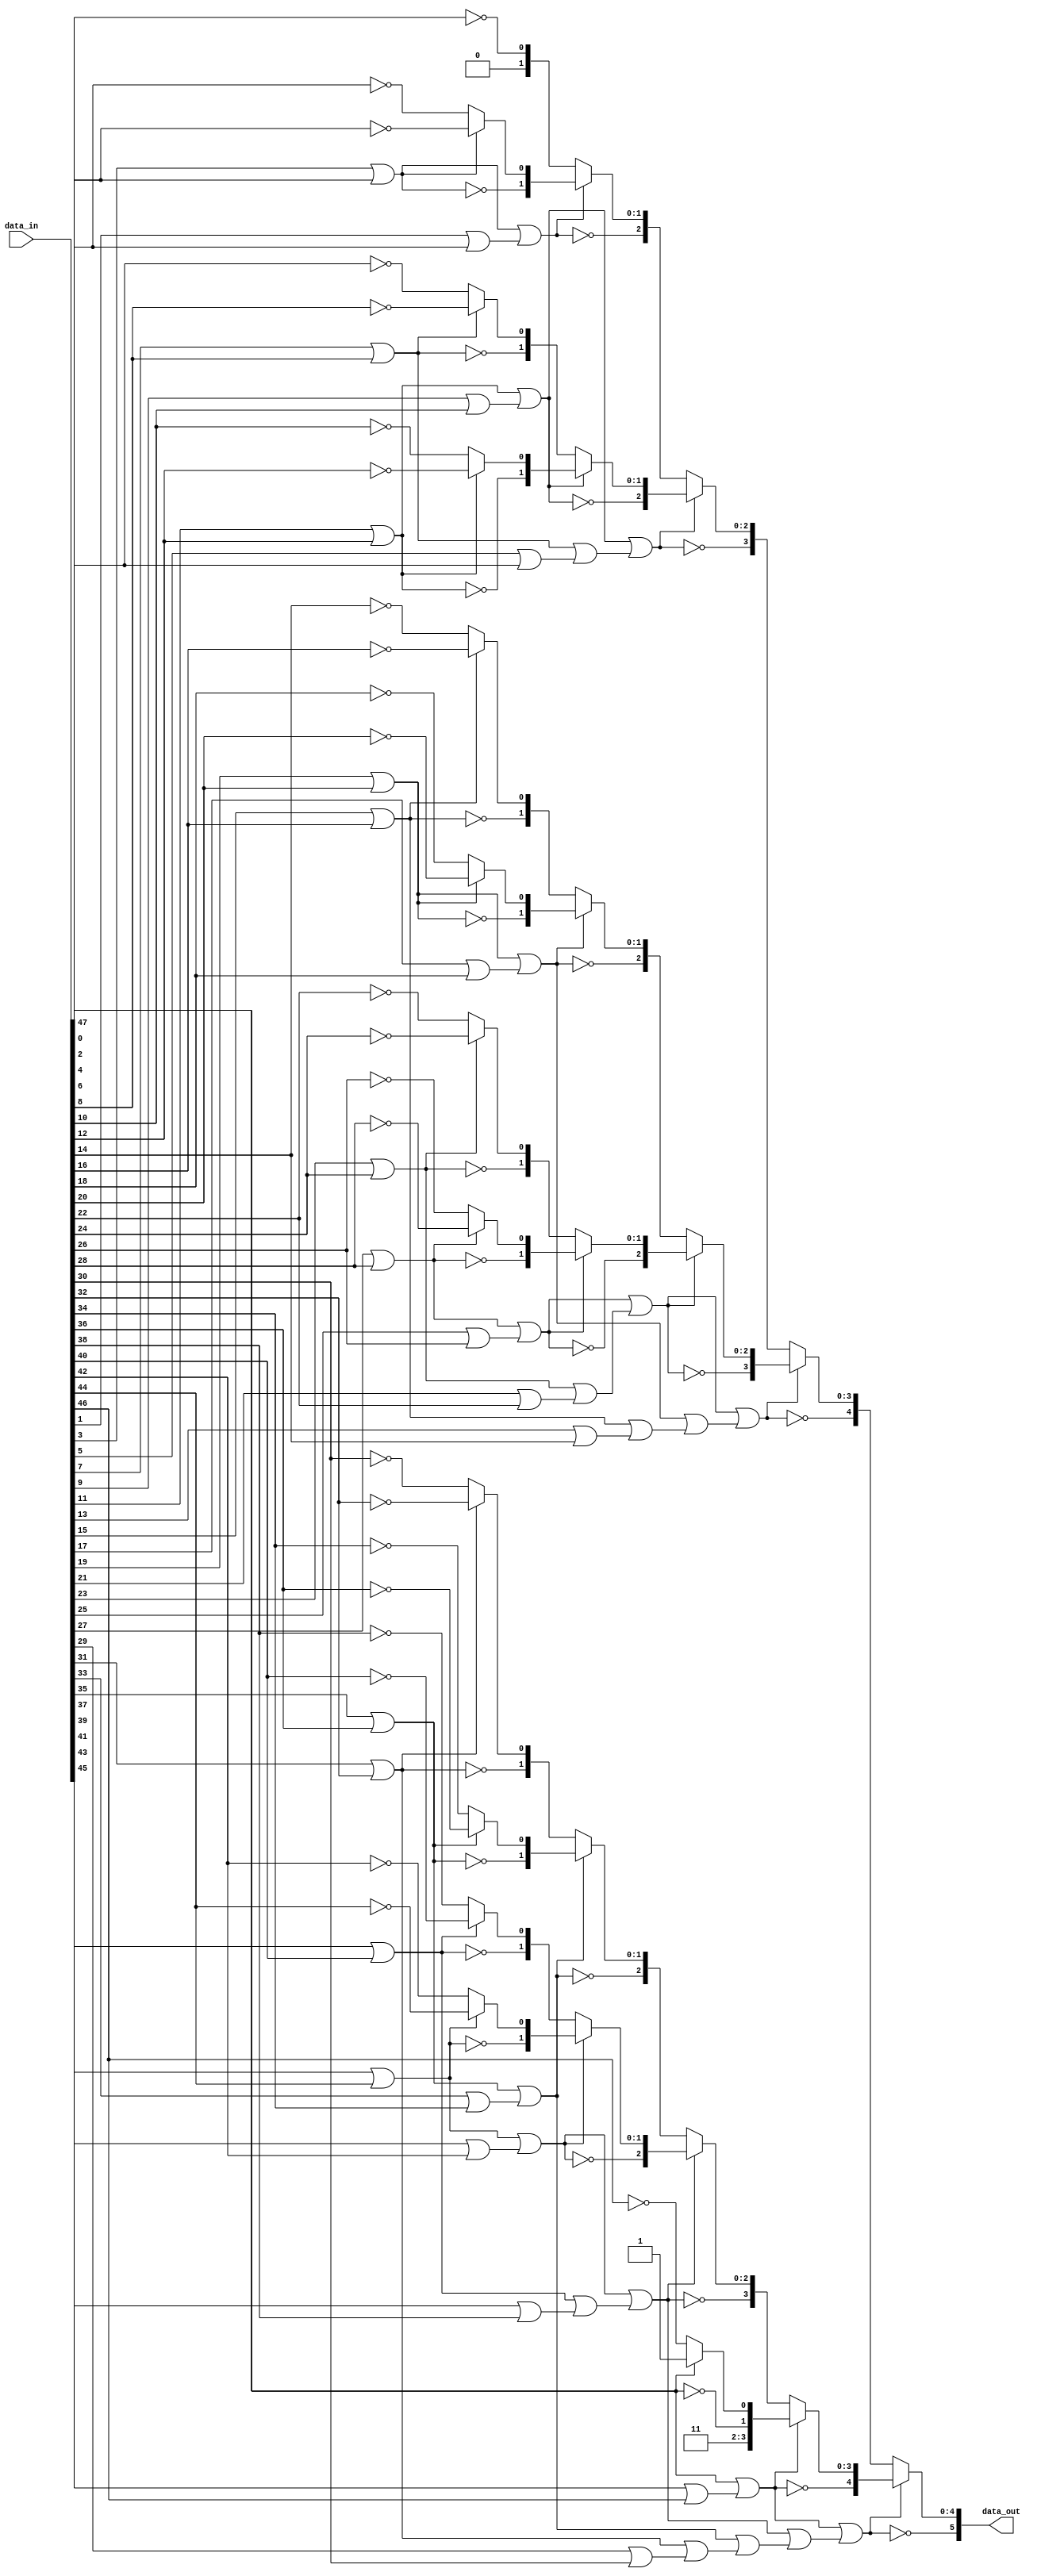
`timescale 1ns / 1ps
//////////////////////////////////////////////////////////////////////////////////
//
//  lxd.v 
//
//  This file is required to find the leading zero detector
//
//////////////////////////////////////////////////////////////////////////////////


module lzd(
    input [47:0] data_in,
    output [5:0] data_out
    );
    
    // local variables
    wire [63:0] d;
    wire p1 [31:0];
    wire [31:0] v1;
    wire [1:0] p2 [15:0];
    wire [15:0] v2;
    wire [2:0] p3 [7:0];
    wire [7:0] v3;
    wire [3:0] p4 [3:0];
    wire [3:0] v4;
    wire [4:0] p5 [1:0];
    wire [1:0] v5;
    wire [5:0] p6;
    
    // Parallel structure
    assign d = {data_in, 3'b111};    // fill last 3 bits with '1'
    
    assign p1[0 ] = ~d[1 ];
    assign p1[1 ] = ~d[3 ];
    assign p1[2 ] = ~d[5 ];
    assign p1[3 ] = ~d[7 ];
    assign p1[4 ] = ~d[9 ];
    assign p1[5 ] = ~d[11];
    assign p1[6 ] = ~d[13];
    assign p1[7 ] = ~d[15];
    assign p1[8 ] = ~d[17];
    assign p1[9 ] = ~d[19];
    assign p1[10] = ~d[21];
    assign p1[11] = ~d[23];
    assign p1[12] = ~d[25];
    assign p1[13] = ~d[27];
    assign p1[14] = ~d[29];
    assign p1[15] = ~d[31];
    assign p1[16] = ~d[33];
    assign p1[17] = ~d[35];
    assign p1[18] = ~d[37];
    assign p1[19] = ~d[39];
    assign p1[20] = ~d[41];
    assign p1[21] = ~d[43];
    assign p1[22] = ~d[45];
    assign p1[23] = ~d[47];
    assign p1[24] = ~d[49];
    assign p1[25] = ~d[51];
    assign p1[26] = ~d[53];
    assign p1[27] = ~d[55];
    assign p1[28] = ~d[57];
    assign p1[29] = ~d[59];
    assign p1[30] = ~d[61];
    assign p1[31] = ~d[63];
    assign v1[0 ] = d[0 ] | d[1 ];
    assign v1[1 ] = d[2 ] | d[3 ];
    assign v1[2 ] = d[4 ] | d[5 ];
    assign v1[3 ] = d[6 ] | d[7 ];
    assign v1[4 ] = d[8 ] | d[9 ];
    assign v1[5 ] = d[10] | d[11];
    assign v1[6 ] = d[12] | d[13];
    assign v1[7 ] = d[14] | d[15];
    assign v1[8 ] = d[16] | d[17];
    assign v1[9 ] = d[18] | d[19];
    assign v1[10] = d[20] | d[21];
    assign v1[11] = d[22] | d[23];
    assign v1[12] = d[24] | d[25];
    assign v1[13] = d[26] | d[27];
    assign v1[14] = d[28] | d[29];
    assign v1[15] = d[30] | d[31];
    assign v1[16] = d[32] | d[33];
    assign v1[17] = d[34] | d[35];
    assign v1[18] = d[36] | d[37];
    assign v1[19] = d[38] | d[39];
    assign v1[20] = d[40] | d[41];
    assign v1[21] = d[42] | d[43];
    assign v1[22] = d[44] | d[45];
    assign v1[23] = d[46] | d[47];
    assign v1[24] = d[48] | d[49];
    assign v1[25] = d[50] | d[51];
    assign v1[26] = d[52] | d[53];
    assign v1[27] = d[54] | d[55];
    assign v1[28] = d[56] | d[57];
    assign v1[29] = d[58] | d[59];
    assign v1[30] = d[60] | d[61];
    assign v1[31] = d[62] | d[63];
    
    assign p2[0 ] = {~v1[1 ], (v1[1 ] ? p1[1 ] : p1[0 ])};
    assign p2[1 ] = {~v1[3 ], (v1[3 ] ? p1[3 ] : p1[2 ])};
    assign p2[2 ] = {~v1[5 ], (v1[5 ] ? p1[5 ] : p1[4 ])};
    assign p2[3 ] = {~v1[7 ], (v1[7 ] ? p1[7 ] : p1[6 ])};
    assign p2[4 ] = {~v1[9 ], (v1[9 ] ? p1[9 ] : p1[8 ])};
    assign p2[5 ] = {~v1[11], (v1[11] ? p1[11] : p1[10])};
    assign p2[6 ] = {~v1[13], (v1[13] ? p1[13] : p1[12])};
    assign p2[7 ] = {~v1[15], (v1[15] ? p1[15] : p1[14])};
    assign p2[8 ] = {~v1[17], (v1[17] ? p1[17] : p1[16])};
    assign p2[9 ] = {~v1[19], (v1[19] ? p1[19] : p1[18])};
    assign p2[10] = {~v1[21], (v1[21] ? p1[21] : p1[20])};
    assign p2[11] = {~v1[23], (v1[23] ? p1[23] : p1[22])};
    assign p2[12] = {~v1[25], (v1[25] ? p1[25] : p1[24])};
    assign p2[13] = {~v1[27], (v1[27] ? p1[27] : p1[26])};
    assign p2[14] = {~v1[29], (v1[29] ? p1[29] : p1[28])};
    assign p2[15] = {~v1[31], (v1[31] ? p1[31] : p1[30])};
    assign v2[0 ] = v1[1 ] | v1[0 ];
    assign v2[1 ] = v1[3 ] | v1[2 ];
    assign v2[2 ] = v1[5 ] | v1[4 ];
    assign v2[3 ] = v1[7 ] | v1[6 ];
    assign v2[4 ] = v1[9 ] | v1[8 ];
    assign v2[5 ] = v1[11] | v1[10];
    assign v2[6 ] = v1[13] | v1[12];
    assign v2[7 ] = v1[15] | v1[14];
    assign v2[8 ] = v1[17] | v1[16];
    assign v2[9 ] = v1[19] | v1[18];
    assign v2[10] = v1[21] | v1[20];
    assign v2[11] = v1[23] | v1[22];
    assign v2[12] = v1[25] | v1[24];
    assign v2[13] = v1[27] | v1[26];
    assign v2[14] = v1[29] | v1[28];
    assign v2[15] = v1[31] | v1[30];
    
    assign p3[0] = {~v2[1 ], (v2[1 ] ? p2[1 ] : p2[0 ])};
    assign p3[1] = {~v2[3 ], (v2[3 ] ? p2[3 ] : p2[2 ])};
    assign p3[2] = {~v2[5 ], (v2[5 ] ? p2[5 ] : p2[4 ])};
    assign p3[3] = {~v2[7 ], (v2[7 ] ? p2[7 ] : p2[6 ])};
    assign p3[4] = {~v2[9 ], (v2[9 ] ? p2[9 ] : p2[8 ])};
    assign p3[5] = {~v2[11], (v2[11] ? p2[11] : p2[10])};
    assign p3[6] = {~v2[13], (v2[13] ? p2[13] : p2[12])};
    assign p3[7] = {~v2[15], (v2[15] ? p2[15] : p2[14])};
    assign v3[0] = v2[1 ] | v2[0 ];
    assign v3[1] = v2[3 ] | v2[2 ];
    assign v3[2] = v2[5 ] | v2[4 ];
    assign v3[3] = v2[7 ] | v2[6 ];
    assign v3[4] = v2[9 ] | v2[8 ];
    assign v3[5] = v2[11] | v2[10];
    assign v3[6] = v2[13] | v2[12];
    assign v3[7] = v2[15] | v2[14];
    
    assign p4[0] = {~v3[1], (v3[1] ? p3[1] : p3[0])};
    assign p4[1] = {~v3[3], (v3[3] ? p3[3] : p3[2])};
    assign p4[2] = {~v3[5], (v3[5] ? p3[5] : p3[4])};
    assign p4[3] = {~v3[7], (v3[7] ? p3[7] : p3[6])};
    assign v4[0] = v3[1] | v3[0];
    assign v4[1] = v3[3] | v3[2];
    assign v4[2] = v3[5] | v3[4];
    assign v4[3] = v3[7] | v3[6];
    
    assign p5[0] = {~v4[1], (v4[1] ? p4[1] : p4[0])};
    assign p5[1] = {~v4[3], (v4[3] ? p4[3] : p4[2])};
    assign v5[0] = v4[1] | v4[0];
    assign v5[1] = v4[3] | v4[2];
    
    assign p6 = {~v5[1], (v5[1] ? p5[1] : p5[0])};
    
    
    // Output data
    assign data_out = p6;
    
endmodule